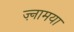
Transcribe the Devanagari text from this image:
ज़्नामया